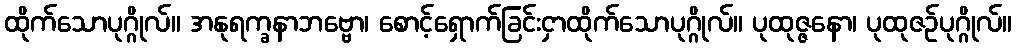
ထိုက်သောပုဂ္ဂိုလ်။ အနုရက္ခနာဘဗ္ဗော၊ စောင့်ရှောက်ခြင်းငှာထိုက်သောပုဂ္ဂိုလ်။ ပုထုဇ္ဇနော၊ ပုထုဇဉ်ပုဂ္ဂိုလ်။